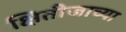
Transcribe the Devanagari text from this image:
क्षितीजाच्या